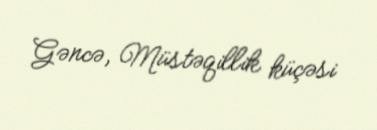
Gəncə, Müstəqillik küçəsi